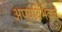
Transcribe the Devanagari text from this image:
अप्यविभक्तं